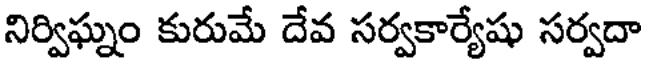
నిర్విఘ్నం కురుమే దేవ సర్వకార్యేషు సర్వదా